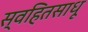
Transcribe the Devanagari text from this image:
स्वहितसाधू